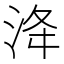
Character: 洚